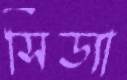
সিড্যা